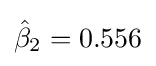
{\hat {\beta }}_{2}=0.556